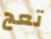
تعج